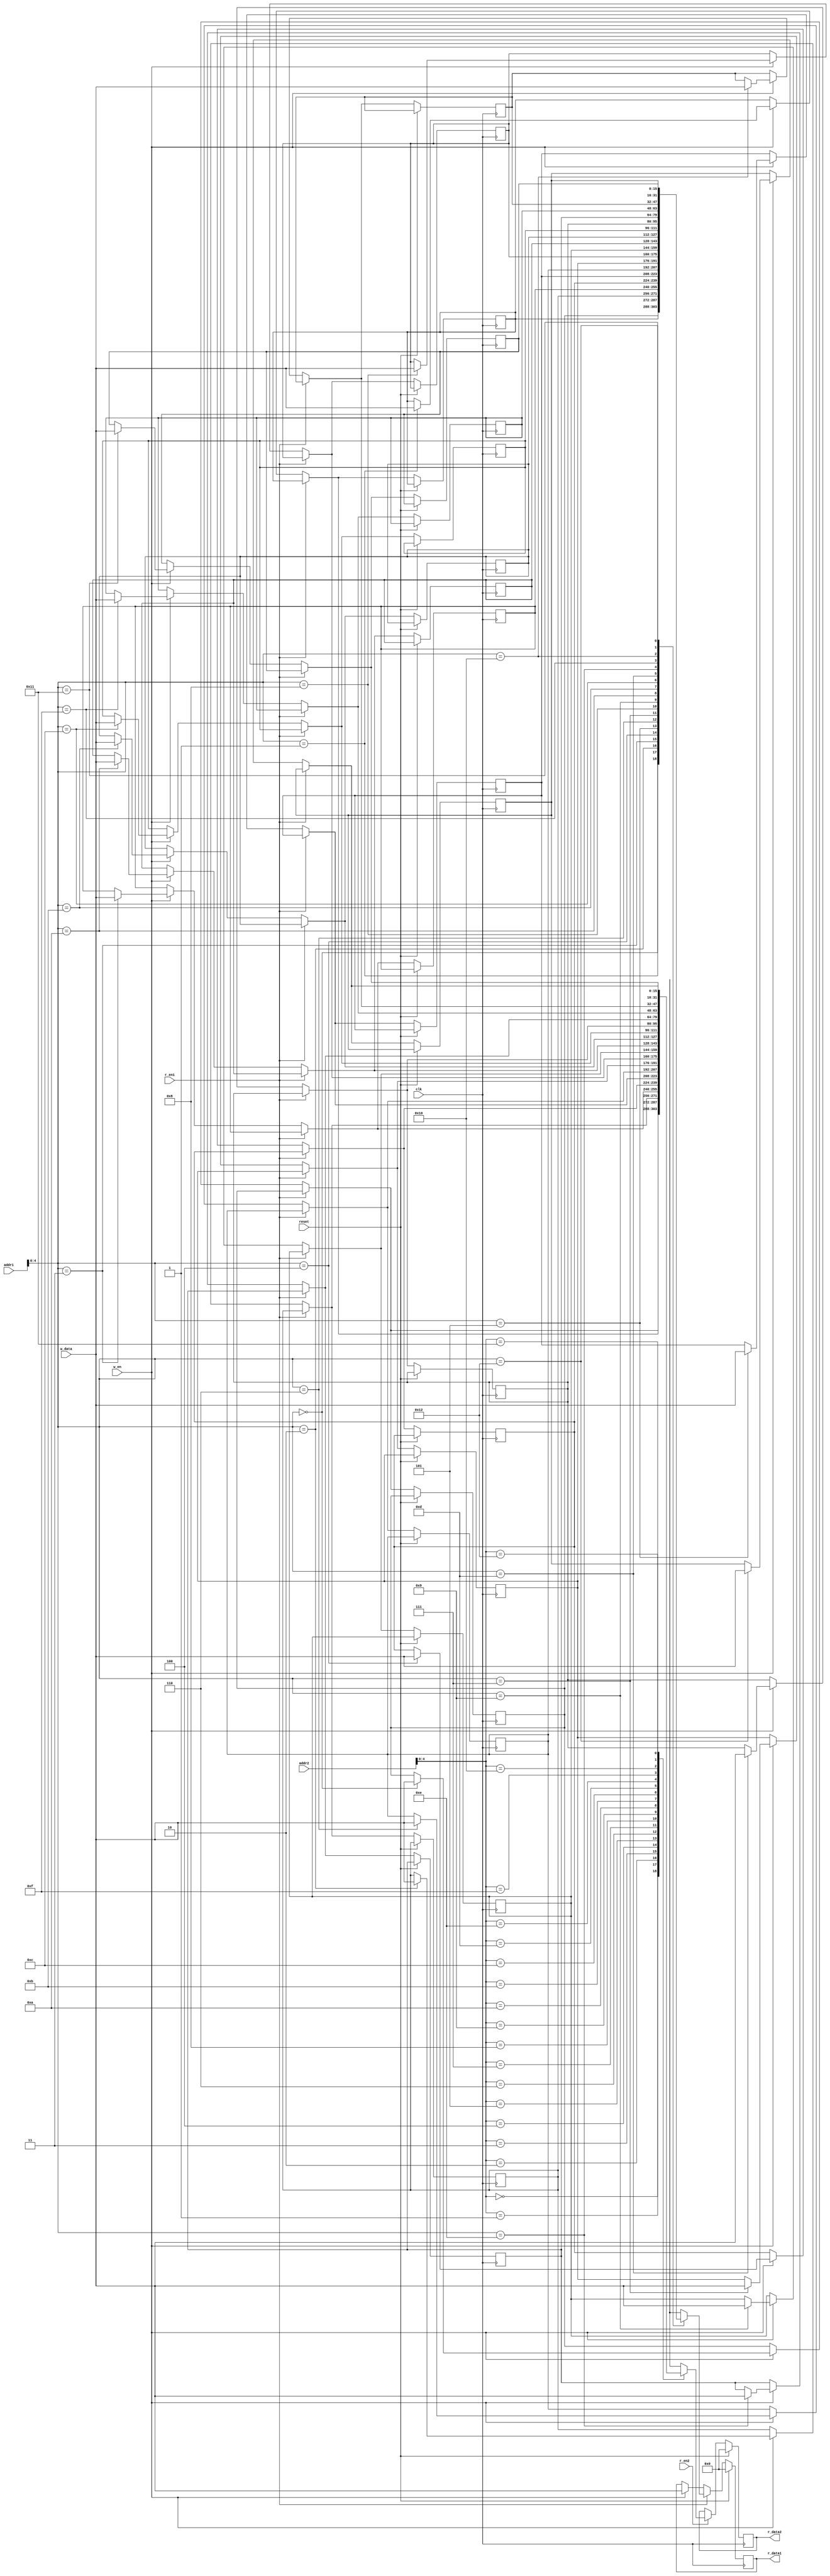
module mem_2port #(
    parameter WORD_SIZE = 16,
    parameter ADDR_SIZE = 16,
    parameter WORD_COUNT = 2 ^ ADDR_SIZE
) (
    input clk,
    input reset,
    input r_en1,
    input r_en2,
    input w_en,
    input [ADDR_SIZE-1:0] addr1,
    input [ADDR_SIZE-1:0] addr2,
    input [WORD_SIZE-1:0] w_data,
    output reg [WORD_SIZE-1:0] r_data1,
    output reg [WORD_SIZE-1:0] r_data2
);

    reg [WORD_SIZE-1:0] mem[0:WORD_COUNT];

    always @(posedge clk) begin
        if(reset) begin
            r_data1 <= 0;
            r_data2 <= 0;
        end else begin
            if(r_en1)
                r_data1 <= mem[addr1];
            else if(w_en) begin
                mem[addr1] = w_data;
                r_data1 = w_data;
            end

            if(r_en2)
                r_data2 <= mem[addr2];
        end
    end

endmodule